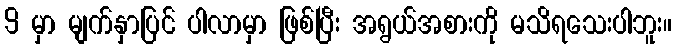
9 မှာ မျက်နှာပြင် ပါလာမှာ ဖြစ်ပြီး အရွယ်အစားကို မသိရသေးပါဘူး။